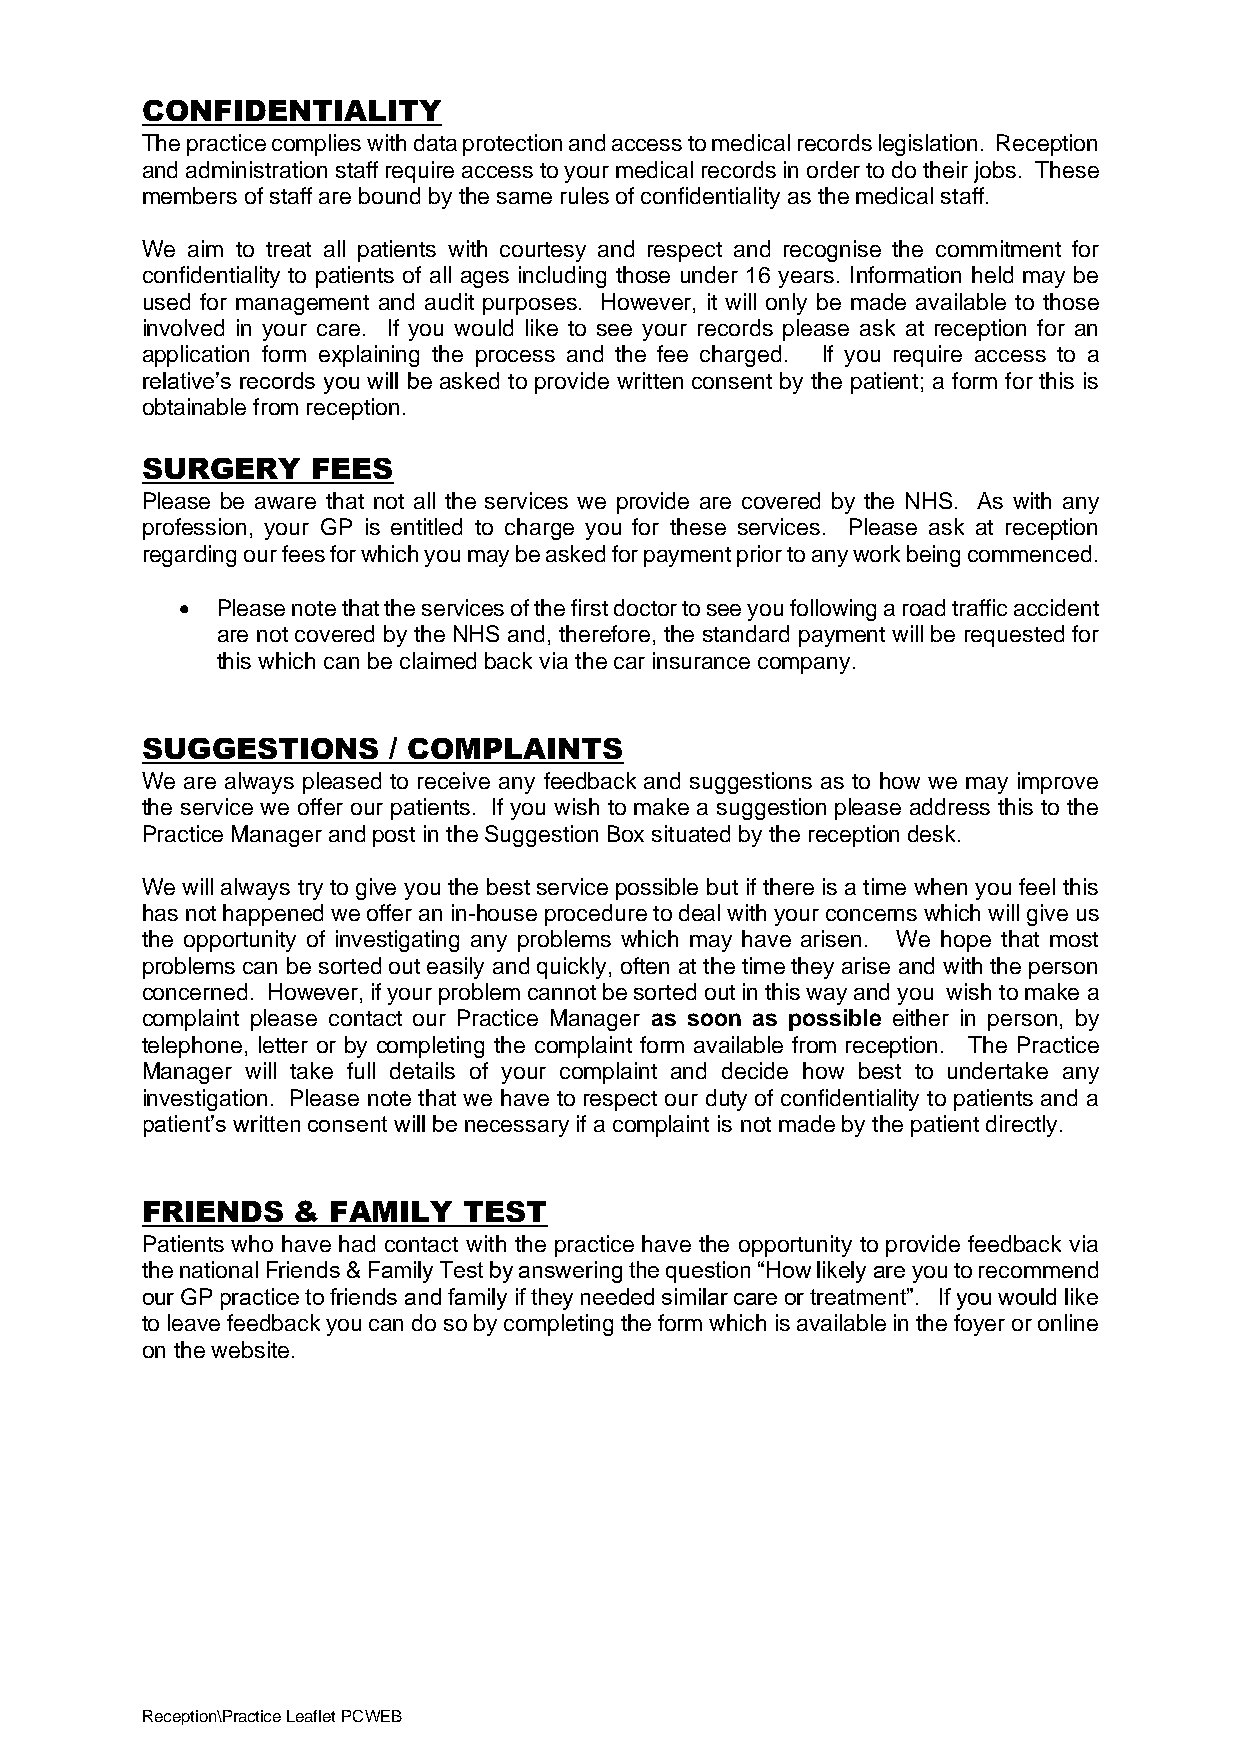
CONFIDENTIALITY
 The practice complies with data protection and access to medical records legislation. Reception
 and administration staff require access to your medical records in order to do their jobs. These
 members of staff are bound by the same rules of confidentiality as the medical staff.
 We aim to treat all patients with courtesy and respect and recognise the commitment for
 confidentiality to patients of all ages including those under 16 years. Information held may be
 used for management and audit purposes. However, it will only be made available to those
 involved in your care. If you would like to see your records please ask at reception for an
 application form explaining the process and the fee charged. If you require access to a
 relative’s records you will be asked to provide written consent by the patient; a form for this is
 obtainable from reception.
 SURGERY     FEES
 Please be aware that not all the services we provide are covered by the NHS. As with any
 profession, your GP is entitled to charge you for these services. Please ask at reception
 regarding our fees for which you may be asked for payment prior to any work being commenced.
 • Please note that the services of the first doctor to see you following a road traffic accident
 are not covered by the NHS and, therefore, the standard payment will be requested for
 this which can be claimed back via the car insurance company.
 SUGGESTIONS      / COMPLAINTS
 We are always pleased to receive any feedback and suggestions as to how we may improve
 the service we offer our patients. If you wish to make a suggestion please address this to the
 Practice Manager and post in the Suggestion Box situated by the reception desk.
 We will always try to give you the best service possible but if there is a time when you feel this
 has not happened we offer an in-house procedure to deal with your concerns which will give us
 the opportunity of investigating any problems which may have arisen. We hope that most
 problems can be sorted out easily and quickly, often at the time they arise and with the person
 concerned. However, if your problem cannot be sorted out in this way and you wish to make a
 complaint please contact our Practice Manager as soon as possible either in person, by
 telephone, letter or by completing the complaint form available from reception. The Practice
 Manager will take full details of your complaint and decide how best to undertake any
 investigation. Please note that we have to respect our duty of confidentiality to patients and a
 patient’s written consent will be necessary if a complaint is not made by the patient directly.
 FRIENDS   &  FAMILY   TEST
 Patients who have had contact with the practice have the opportunity to provide feedback via
 the national Friends & Family Test by answering the question “How likely are you to recommend
 our GP practice to friends and family if they needed similar care or treatment”. If you would like
 to leave feedback you can do so by completing the form which is available in the foyer or online
 on the website.
 Reception\Practice Leaflet PCWEB